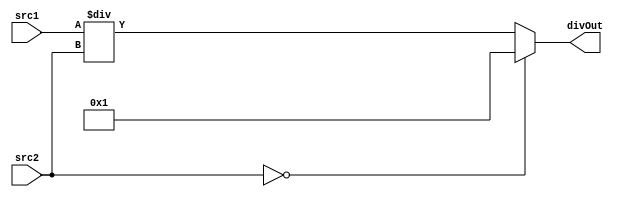

module Divide(
    input [15:0] src1,
    input [15:0] src2,
    output reg[15:0] divOut
    );
	
 reg [15:0] tempSrc1,tempSrc2;
 
 always @ (src1,src2)
 begin	
	if(!src2)
	begin
		divOut = 15'b1;
	end	
	else
	begin	
		divOut = src1 / src2;
   end		
 end		
endmodule